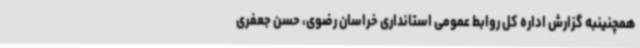
همچنینبه گزارش اداره کل روابط عمومی استانداری خراسان رضوی، حسن جعفری